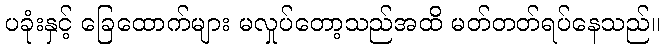
ပခုံးနှင့် ခြေထောက်များ မလှုပ်တော့သည်အထိ မတ်တတ်ရပ်နေသည်။